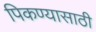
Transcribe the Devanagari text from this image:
पिकण्यासाठी